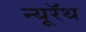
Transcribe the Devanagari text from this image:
न्यूरॅथ